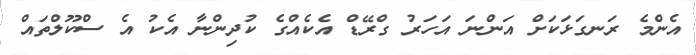
އެންމެ ރަނގަޅަކަށް އަންނަ އަހަރު ގްރޭޑް އެކެއްގެ ކުދިންނާ އެކު އެ ސްކޫލްތައް